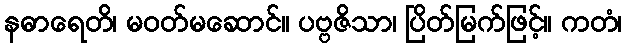
နဓာရေတိ၊ မဝတ်မဆောင်။ ပဗ္ဗဇိသာ၊ ပြိတ်မြက်ဖြင့်။ ကတံ၊